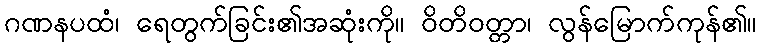
ဂဏနပထံ၊ ရေတွက်ခြင်း၏အဆုံးကို။ ဝိတိဝတ္တာ၊ လွန်မြောက်ကုန်၏။